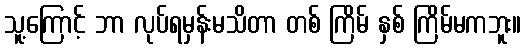
သူ့ကြောင့် ဘာ လုပ်ရမှန်းမသိတာ တစ် ကြိမ် နှစ် ကြိမ်မကဘူး။